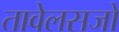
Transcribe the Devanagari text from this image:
तावेलसजो